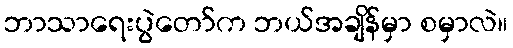
ဘာသာရေးပွဲတော်က ဘယ်အချိန်မှာ စမှာလဲ။